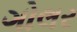
ગોલર